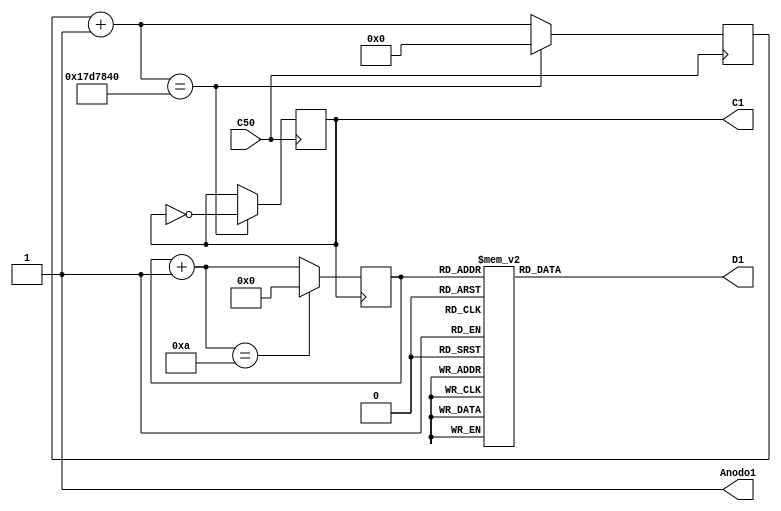
module S3A3(C50, C1, Anodo1, D1);
	input C50;
	output reg C1=0;
	output  Anodo1=1;
	output reg [6:0] D1=0;
	
	reg [24:0] Ct1 = 0;
	reg [3:0] unidades=0;
	
	parameter [6:0] cero = 7'b0000001;
	parameter [6:0] uno = 7'b0000001;
	parameter [6:0] dos = 7'b0000001;
	parameter [6:0] tres = 7'b0000001;
	parameter [6:0] cuatro = 7'b0000001;
	parameter [6:0] cinco = 7'b0000001;
	parameter [6:0] seis = 7'b0000001;
	parameter [6:0] siete = 7'b0000001;
	parameter [6:0] ocho = 7'b0000001;
	parameter [6:0] nueve = 7'b0000001;
	parameter [6:0] guion = 7'b0000001;

	assign Anodo = 1;
	
	always @(posedge C50)
		begin
			Ct1 = Ct1+1;
			if(Ct1==25_000_000)
				begin	
					Ct1=0;
					C1 = ~C1;
				end
		
		
		
		end
	
	
	always @(posedge C1)
		begin
			unidades = unidades+1;
			if(unidades==10)
				unidades=0;
		end
		
		
	always @(unidades)
		begin
			case(unidades)
				0: D1 = cero;
				1: D1 = uno;
				2: D1 = dos;
				3: D1 = tres;
				4: D1 = cuatro;
				5: D1 = cinco;
				6: D1 = seis;
				7: D1 = siete;
				8: D1 = ocho;
				9: D1 = nueve;
				default: D1 = guion;
			endcase
		
				
		end
	
	
	
	
	
endmodule